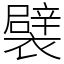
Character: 襞